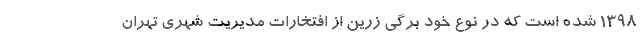
1398 شده است كه در نوع خود برگي زرين از افتخارات مديريت شهري تهران